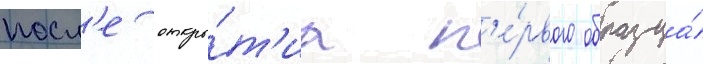
посл'е откры́т'иа п'е́рвого образца́